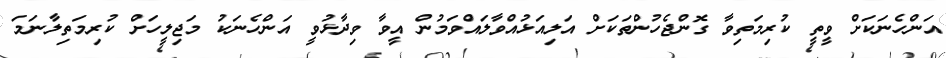
އަންހެނަކަށް ވީތީ ކުރިމަތިވާ ގޮންޖެހުންތަކަށް އަލިއަޅުއްވާލައްވަމުން އީވާ ވިދާޅުވީ އަންހެނަކު މަޖިލީހަށް ކުރިމަތިލާނަމަ